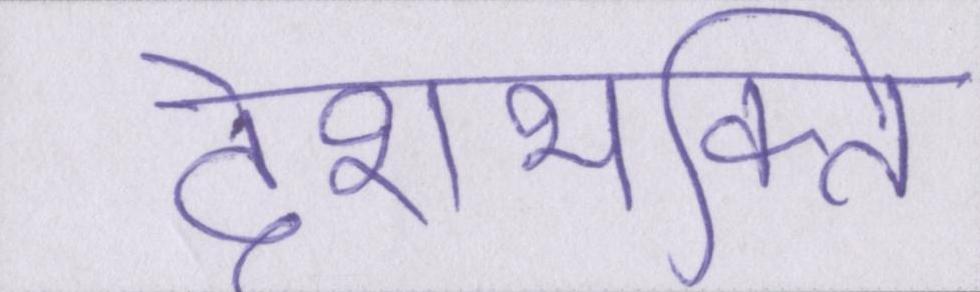
देशभक्ति